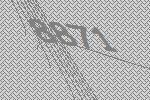
8871